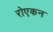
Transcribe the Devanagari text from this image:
रोएकन